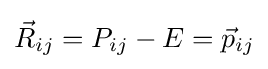
{\vec {R}}_{ij}=P_{ij}-E={\vec {p}}_{ij}